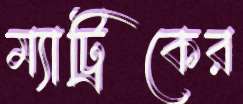
ম্যাট্রিকের